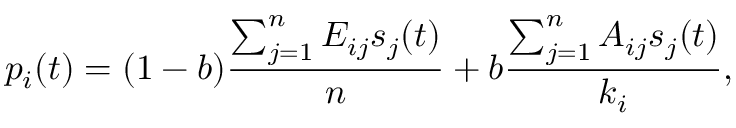
p _ { i } ( t ) = ( 1 - b ) \frac { \sum _ { j = 1 } ^ { n } E _ { i j } s _ { j } ( t ) } { n } + b \frac { \sum _ { j = 1 } ^ { n } A _ { i j } s _ { j } ( t ) } { k _ { i } } ,